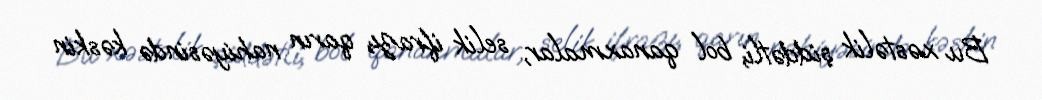
Bu xəstəlik şiddətli, bol qanaxmalar, selik ifrazı, qarın nahiyəsində kəskin